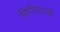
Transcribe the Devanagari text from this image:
मिनिटान्ची